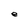
Character: e